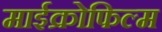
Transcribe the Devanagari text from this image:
माईक्रोफिल्म